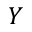
Y